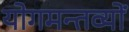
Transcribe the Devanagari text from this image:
योगमन्तव्यों